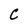
Character: C